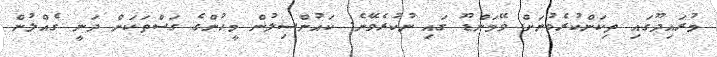
މުރައިދޫގައި ތިކަންކުރެވުނަށް ވޭމަންޑޫ ގައި ނުކުރެވޭނެ. ކައުންސިލުން މީހުންގެ ގަސްތަކަށް ދަނީ ގެއްލުން